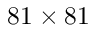
8 1 \times 8 1